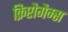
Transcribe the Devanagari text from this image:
क्रिप्टौगैम्स